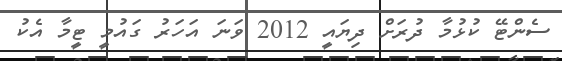
ސެންޓޭ ކުޅުމާ ދުރަށް ދިޔައީ 2012 ވަނަ އަހަރު ގައުމީ ޓީމާ އެކު